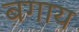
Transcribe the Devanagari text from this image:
बगाय